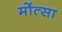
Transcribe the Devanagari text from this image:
मोंत्सा